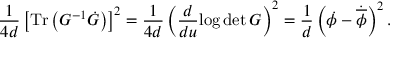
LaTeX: \frac { 1 } { 4 d } \left[ \mathrm { T r } \left( G ^ { - 1 } \dot { G } \right) \right] ^ { 2 } = \frac { 1 } { 4 d } \left( \frac { d } { d u } { \log \operatorname * { d e t } G } \right) ^ { 2 } = \frac { 1 } { d } \left( \dot { \phi } - \dot { \overline { { { \phi } } } } \right) ^ { 2 } .